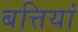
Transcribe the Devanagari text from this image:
बत्तियां